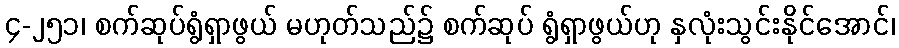
၄-၂၅၁၊ စက်ဆုပ်ရွံရှာဖွယ် မဟုတ်သည်၌ စက်ဆုပ် ရွံရှာဖွယ်ဟု နှလုံးသွင်းနိုင်အောင်၊